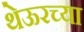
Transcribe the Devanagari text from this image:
थेऊरच्या